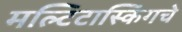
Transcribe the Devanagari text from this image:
मल्टिटास्किंगचे